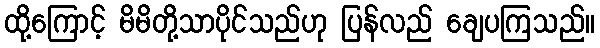
ထို့ကြောင့် မိမိတို့သာပိုင်သည်ဟု ပြန်လည် ချေပကြသည်။